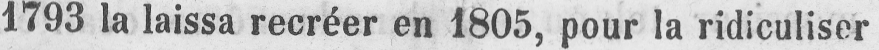
1793 la laissa recréer en 1805, pour la ridiculiser